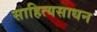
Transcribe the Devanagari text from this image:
साहित्यसाधन